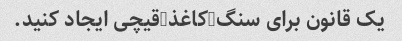
یک قانون برای سنگ-کاغذ-قیچی ایجاد کنید.